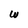
Character: W